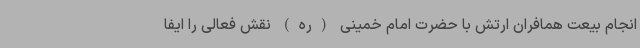
انجام بیعت همافران ارتش با حضرت امام خمینی (ره) نقش فعالی را ایفا